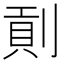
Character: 𠞖